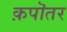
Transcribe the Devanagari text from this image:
क़पॊतर